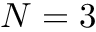
N = 3